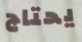
يحتاج